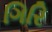
ગિરિ